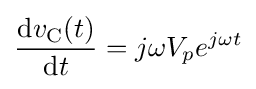
{\frac {\mathrm {d} v_{\text{C}}(t)}{\mathrm {d} t}}=j\omega V_{p}e^{j\omega t}